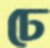
ঢে